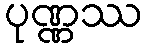
ပုဏ္ဏဿ